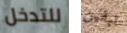
للتدخل تبقين